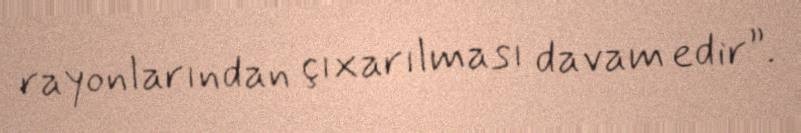
rayonlarından çıxarılması davam edir”.